Problem: 4 × 8 = ?
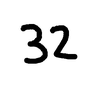
Handwritten answer: 32